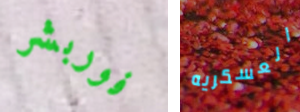
فوربشر العسكريه